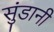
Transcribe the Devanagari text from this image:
सुंडानी